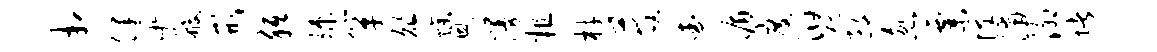
相健吁般形胝竦箪俎燥恩漫粗材莓查循度汩碗郎忽粟怪浦泖堵